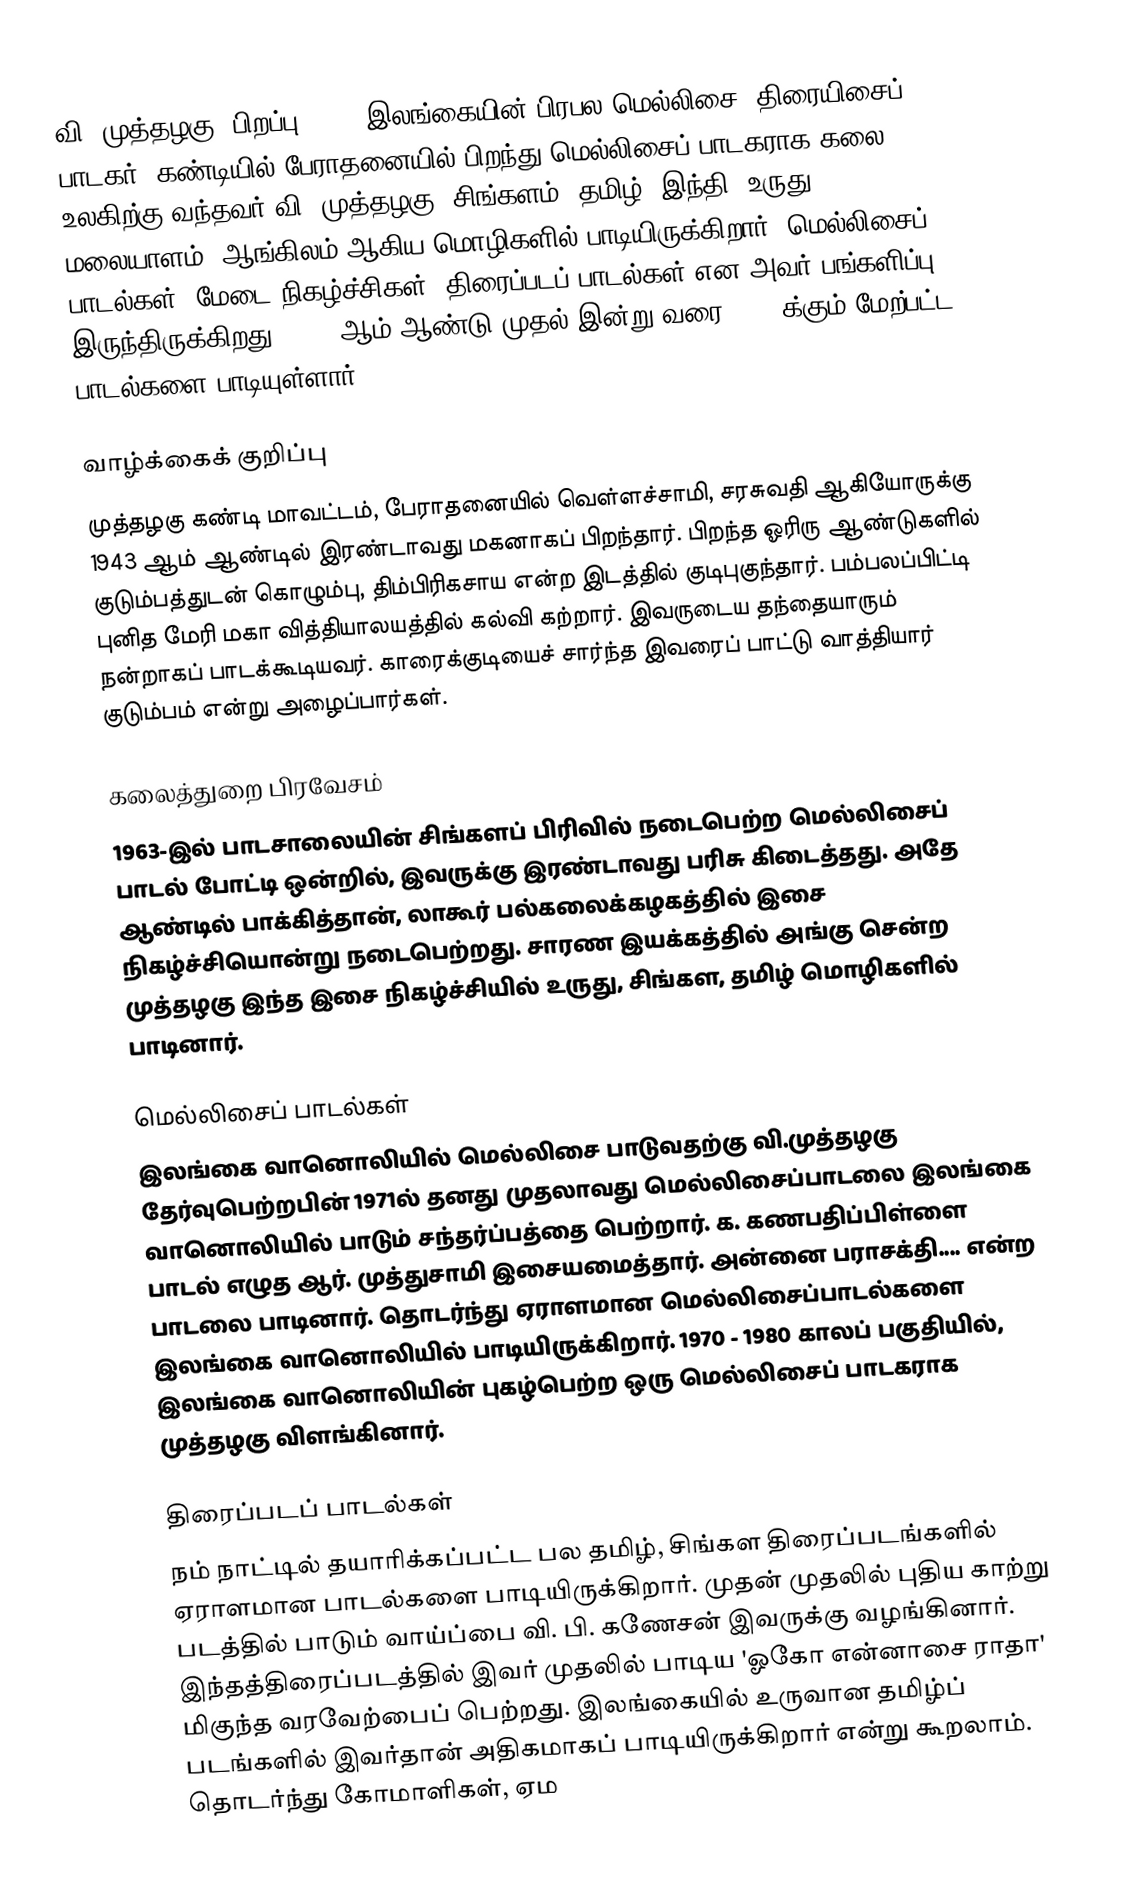
வி. முத்தழகு (பிறப்பு:1943) இலங்கையின் பிரபல மெல்லிசை, திரையிசைப் பாடகர். கண்டியில் பேராதனையில் பிறந்து மெல்லிசைப் பாடகராக கலை உலகிற்கு வந்தவர் வி. முத்தழகு. சிங்களம், தமிழ், இந்தி, உருது, மலையாளம், ஆங்கிலம் ஆகிய மொழிகளில் பாடியிருக்கிறார். மெல்லிசைப் பாடல்கள், மேடை நிகழ்ச்சிகள், திரைப்படப் பாடல்கள் என அவர் பங்களிப்பு இருந்திருக்கிறது. 1953 ஆம் ஆண்டு முதல் இன்று வரை 5000 க்கும் மேற்பட்ட பாடல்களை பாடியுள்ளார்.

வாழ்க்கைக் குறிப்பு
முத்தழகு கண்டி மாவட்டம், பேராதனையில் வெள்ளச்சாமி, சரசுவதி ஆகியோருக்கு 1943 ஆம் ஆண்டில் இரண்டாவது மகனாகப் பிறந்தார். பிறந்த ஓரிரு ஆண்டுகளில் குடும்பத்துடன் கொழும்பு, திம்பிரிகசாய என்ற இடத்தில் குடிபுகுந்தார். பம்பலப்பிட்டி புனித மேரி மகா வித்தியாலயத்தில் கல்வி கற்றார். இவருடைய தந்தையாரும் நன்றாகப் பாடக்கூடியவர். காரைக்குடியைச் சார்ந்த இவரைப் பாட்டு வாத்தியார் குடும்பம் என்று அழைப்பார்கள்.

கலைத்துறை பிரவேசம்
1963-இல் பாடசாலையின் சிங்களப் பிரிவில் நடைபெற்ற மெல்லிசைப் பாடல் போட்டி ஒன்றில், இவருக்கு இரண்டாவது பரிசு கிடைத்தது. அதே ஆண்டில் பாக்கித்தான், லாகூர் பல்கலைக்கழகத்தில் இசை நிகழ்ச்சியொன்று நடைபெற்றது. சாரண இயக்கத்தில் அங்கு சென்ற முத்தழகு இந்த இசை நிகழ்ச்சியில் உருது, சிங்கள, தமிழ் மொழிகளில் பாடினார்.

மெல்லிசைப் பாடல்கள்
இலங்கை வானொலியில் மெல்லிசை பாடுவதற்கு  வி.முத்தழகு தேர்வுபெற்றபின் 1971ல் தனது முதலாவது மெல்லிசைப்பாடலை இலங்கை வானொலியில் பாடும் சந்தர்ப்பத்தை பெற்றார். க. கணபதிப்பிள்ளை பாடல் எழுத ஆர். முத்துசாமி இசையமைத்தார். அன்னை பராசக்தி.... என்ற பாடலை பாடினார். தொடர்ந்து ஏராளமான மெல்லிசைப்பாடல்களை இலங்கை வானொலியில் பாடியிருக்கிறார். 1970 - 1980 காலப் பகுதியில், இலங்கை வானொலியின் புகழ்பெற்ற ஒரு மெல்லிசைப் பாடகராக முத்தழகு விளங்கினார்.

திரைப்படப் பாடல்கள்
நம் நாட்டில் தயாரிக்கப்பட்ட பல தமிழ், சிங்கள திரைப்படங்களில் ஏராளமான பாடல்களை பாடியிருக்கிறார். முதன் முதலில் புதிய காற்று படத்தில் பாடும் வாய்ப்பை வி. பி. கணேசன் இவருக்கு வழங்கினார்.  இந்தத்திரைப்படத்தில் இவர் முதலில் பாடிய 'ஓகோ என்னாசை ராதா' மிகுந்த வரவேற்பைப் பெற்றது. இலங்கையில் உருவான தமிழ்ப் படங்களில் இவர்தான் அதிகமாகப் பாடியிருக்கிறார் என்று கூறலாம். தொடர்ந்து   கோமாளிகள், ஏம